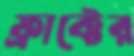
ফ্রাক্টের